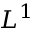
L ^ { 1 }